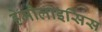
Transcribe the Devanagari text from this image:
हेमोलाइसिस